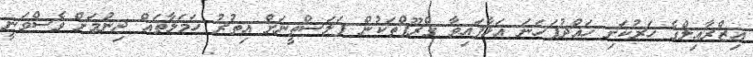
އިޒްރާއިލްގެ ހަރުކަށި ހައްދުފަހަނަ އަޅާފައިވާ ގްރޫޕްތަކުން ފަލަސްތީނަށް އިތުރު ހަމަލާތައް ދިނުމަށް ވެސްވަނީ